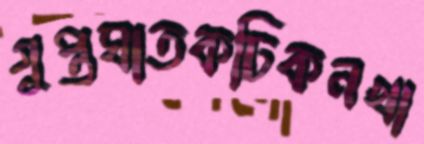
গুপ্তঘাতকঢিকনখা